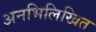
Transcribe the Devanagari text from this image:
अनभिलिखित